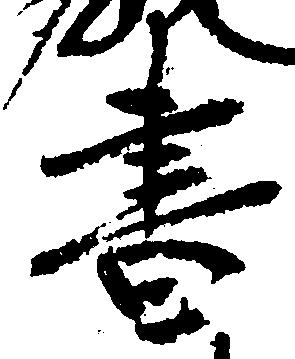
書